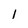
Character: 1